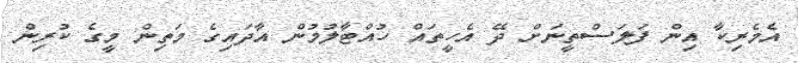
އެމެރިކާ އިން ފަލަސްތީނަށް ދޭ އެހީތައް ހުއްޓާލުމުން އާދައިގެ މަތިން މީގެ ކުރިން